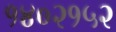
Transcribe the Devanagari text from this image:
१४०२१५२